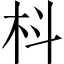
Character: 枓